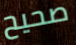
صحيح